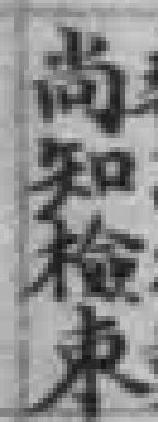
尚知检束